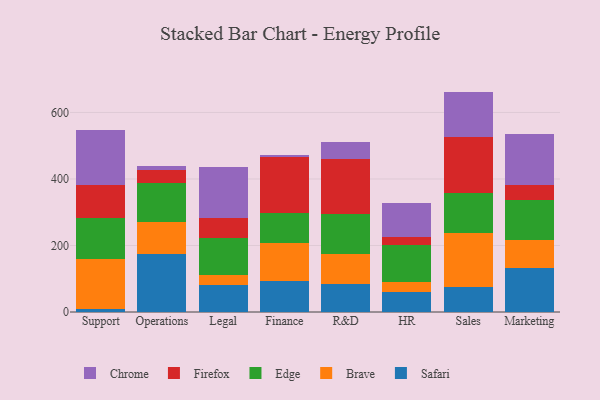
{"axis": {"x": "Department", "y": "Page Views"}, "legend": ["Brave", "Chrome", "Edge", "Firefox", "Safari"], "data": [{"x": "Support", "y": 10.4, "type": "Safari"}, {"x": "Support", "y": 148.4, "type": "Brave"}, {"x": "Support", "y": 123.9, "type": "Edge"}, {"x": "Support", "y": 100.0, "type": "Firefox"}, {"x": "Support", "y": 164.6, "type": "Chrome"}, {"x": "Operations", "y": 173.6, "type": "Safari"}, {"x": "Operations", "y": 97.8, "type": "Brave"}, {"x": "Operations", "y": 117.9, "type": "Edge"}, {"x": "Operations", "y": 38.0, "type": "Firefox"}, {"x": "Operations", "y": 10.3, "type": "Chrome"}, {"x": "Legal", "y": 82.0, "type": "Safari"}, {"x": "Legal", "y": 28.1, "type": "Brave"}, {"x": "Legal", "y": 112.8, "type": "Edge"}, {"x": "Legal", "y": 61.1, "type": "Firefox"}, {"x": "Legal", "y": 150.8, "type": "Chrome"}, {"x": "Finance", "y": 91.9, "type": "Safari"}, {"x": "Finance", "y": 115.9, "type": "Brave"}, {"x": "Finance", "y": 89.4, "type": "Edge"}, {"x": "Finance", "y": 168.4, "type": "Firefox"}, {"x": "Finance", "y": 7.4, "type": "Chrome"}, {"x": "R&D", "y": 82.8, "type": "Safari"}, {"x": "R&D", "y": 91.7, "type": "Brave"}, {"x": "R&D", "y": 120.9, "type": "Edge"}, {"x": "R&D", "y": 164.8, "type": "Firefox"}, {"x": "R&D", "y": 51.0, "type": "Chrome"}, {"x": "HR", "y": 59.4, "type": "Safari"}, {"x": "HR", "y": 30.9, "type": "Brave"}, {"x": "HR", "y": 112.5, "type": "Edge"}, {"x": "HR", "y": 22.2, "type": "Firefox"}, {"x": "HR", "y": 101.6, "type": "Chrome"}, {"x": "Sales", "y": 74.5, "type": "Safari"}, {"x": "Sales", "y": 162.8, "type": "Brave"}, {"x": "Sales", "y": 120.4, "type": "Edge"}, {"x": "Sales", "y": 169.1, "type": "Firefox"}, {"x": "Sales", "y": 136.0, "type": "Chrome"}, {"x": "Marketing", "y": 131.2, "type": "Safari"}, {"x": "Marketing", "y": 85.3, "type": "Brave"}, {"x": "Marketing", "y": 121.7, "type": "Edge"}, {"x": "Marketing", "y": 43.6, "type": "Firefox"}, {"x": "Marketing", "y": 152.5, "type": "Chrome"}]}